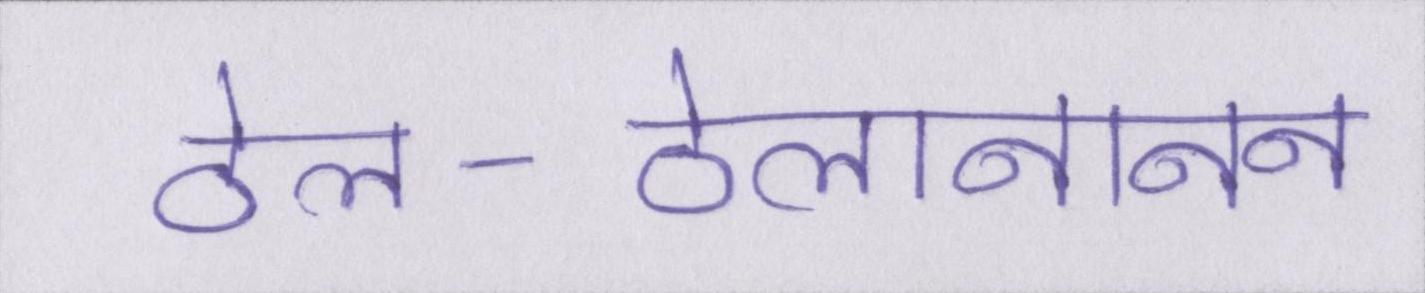
ठेल-ठेलानानन